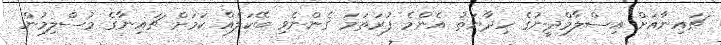
ޗައިނާއަށް އިސްލާމްދީނުގެ ހިދާޔަތު އެންމެ ފުރަތަމަ ގެންނެވި ބޭކަލެއް ކަމަށް ޗައިނާގެ މުސްލިމުން